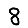
Digit: 8